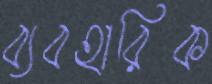
ব্যবহারিক